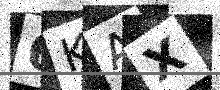
Text: 6KAX